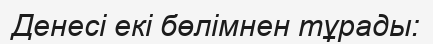
Денесі екі бөлімнен тұрады: